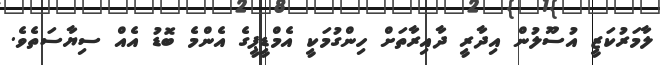
ލާމަރުކަޒީ އުސޫލުން އިދާރީ ދާއިރާތަށް ހިންގުމަކީ އެމްޑީޕީގެ އެންމެ ބޮޑު އެއް ސިޔާސަތެވެ.